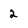
Character: 2